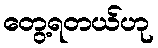
တွေ့ရတယ်ဟု